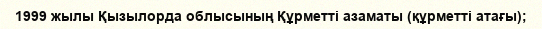
1999 жылы Қызылорда облысының Құрметті азаматы (құрметті атағы);